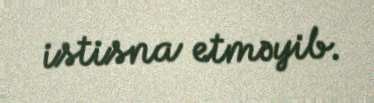
istisna etməyib.